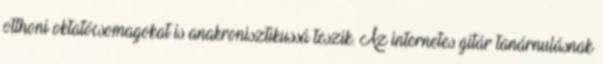
otthoni oktatócsomagokat is anakronisztikussá teszik. Az internetes gitár tanárnulásnak